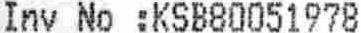
INV NO :KSB80051978